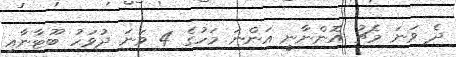
ދެ ވަނަ މެޗު އޮންނާނީ އަންނަ މަހުގެ 4 ވަނަ ދުވަހު ބޫޓާނާއި